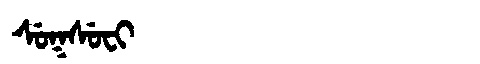
Manchu: ᠰᡠᡴᠰᡠᠸᡳ
Romanization: SUKSUFI